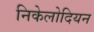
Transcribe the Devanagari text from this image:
निकेलोदियन